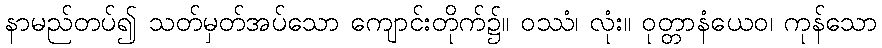
နာမည်တပ်၍ သတ်မှတ်အပ်သော ကျောင်းတိုက်၌။ ဝဿံ၊ လုံး။ ဝုတ္တာနံယေဝ၊ ကုန်သော